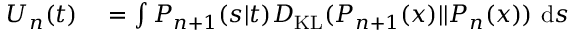
\begin{array} { r l } { U _ { n } ( t ) } & { { } = \int P _ { n + 1 } ( s | t ) D _ { \mathrm { K L } } ( P _ { n + 1 } ( x ) | | P _ { n } ( x ) ) \ \mathrm { d } s } \end{array}